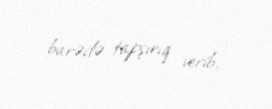
barədə tapşırıq verib.